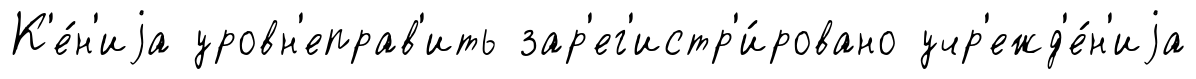
К'е́н'иjа уровн'еправ'ить зар'ег'истр'и́ровано учр'ежд'е́н'иjа